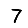
Digit: 7